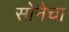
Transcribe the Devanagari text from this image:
सोनैचा